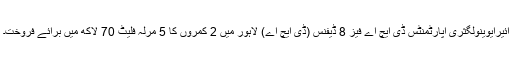
ائیرایوینولگثری اپارٹمنٹس ڈی ایچ اے فیز 8 ڈیفنس (ڈی ایچ اے) لاہور میں 2 کمروں کا 5 مرلہ فلیٹ 70 لاکھ میں برائے فروخت۔